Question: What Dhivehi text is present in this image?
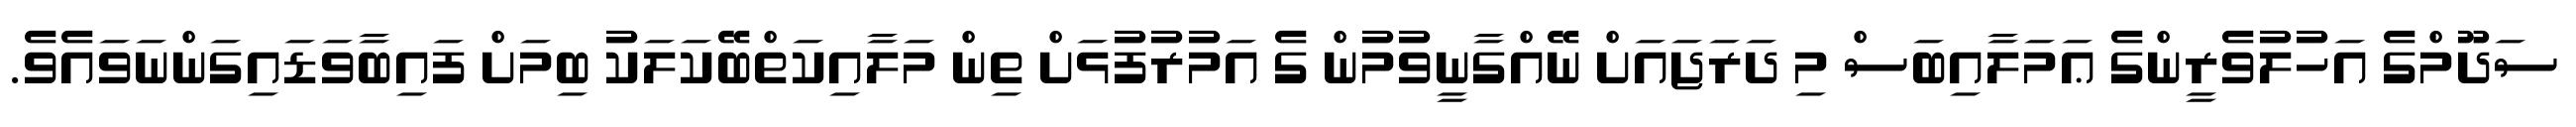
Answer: ސަދޫމްގެ އަހުލުވެރީންގެ ޢަމަލާއިބަސް މި ދަރަޖައަށް ނޭއްގާނީވުމުން ގެ އަމުރުފުޅަށް ތިން މަލާއިކަތްބޭކަލަކު ބިމަށް ފައިބާވަޑައިގަންނަވައެވެ.